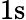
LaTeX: \mathrm{1s}